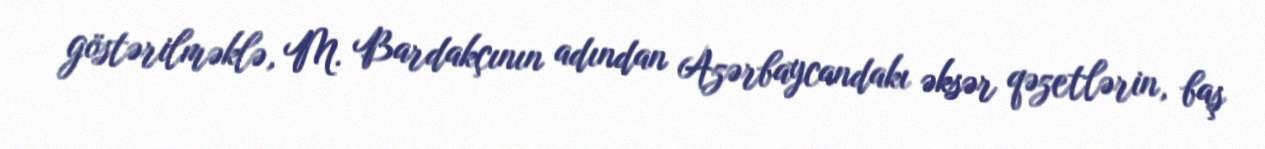
göstərilməklə, M. Bardakçının adından Azərbaycandakı əksər qəzetlərin, baş